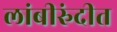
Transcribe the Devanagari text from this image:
लांबीरुंदीत